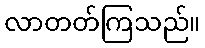
လာတတ်ကြသည်။